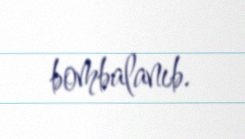
bombalanıb.